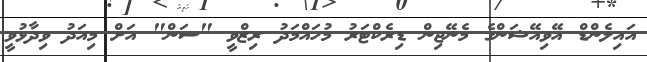
އައިލެންޑް އޭވިއޭޝަންގެ މެނޭޖިން ޑިރެކްޓަރު މުހައްމަދު ރިޒްވީ "ސަން" އަށް މިއަދު ވިދާޅުވީ